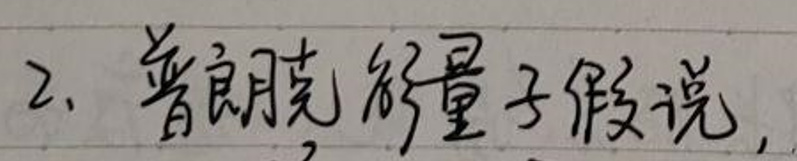
2. 普朗克量子假说，